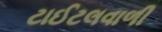
ટાઈટલવાળી